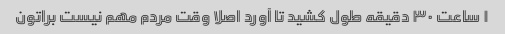
۱ ساعت ۳۰ دقیقه طول کشید تا آورد اصلا وقت مردم مهم نیست براتون